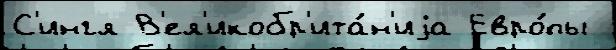
С'ингл В'ел'икобр'ита́н'иjа Евро́пы